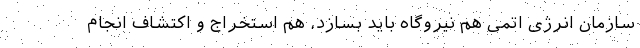
سازمان انرژی اتمی هم نیروگاه باید بسازد، هم استخراج و اکتشاف انجام